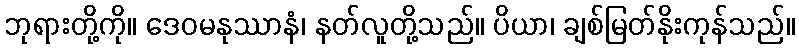
ဘုရားတို့ကို။ ဒေဝမနုဿာနံ၊ နတ်လူတို့သည်။ ပိယာ၊ ချစ်မြတ်နိုးကုန်သည်။